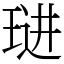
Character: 琎